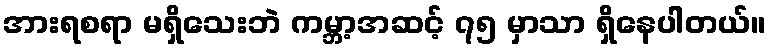
အားရစရာ မရှိသေးဘဲ ကမ္ဘာ့အဆင့် ၇၅ မှာသာ ရှိနေပါတယ်။